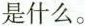
是什么。